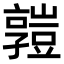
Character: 𧰄